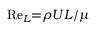
\mathrm { R e } _ { L } { = } \rho U L / \mu